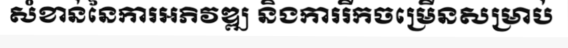
សំខាន់នៃការអភិវឌ្ឍ និងការរីកចម្រើនសម្រាប់